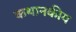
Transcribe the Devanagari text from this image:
कथानकीय